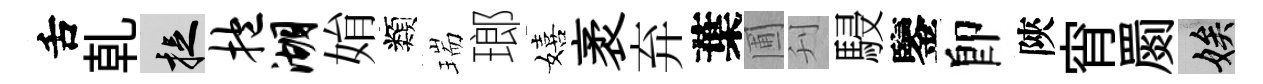
舌乹捉抱湖姢類瑞瑯嬉袤弃葉圃刋駸鑒卽陝宵罽娭